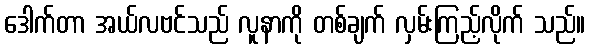
ဒေါက်တာ အယ်လဗင်သည် လူနာကို တစ်ချက် လှမ်းကြည့်လိုက် သည်။